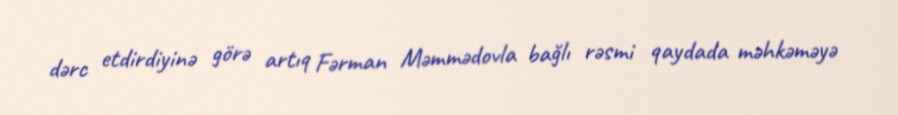
dərc etdirdiyinə görə artıq Fərman Məmmədovla bağlı rəsmi qaydada məhkəməyə